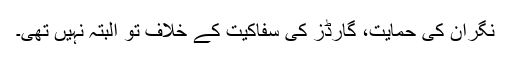
نگران کی حمایت، گارڈز کی سفاکیت کے خلاف تو البتہ نہیں تھی۔